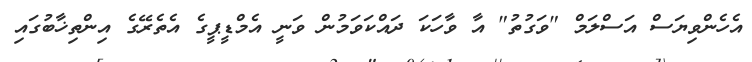
އެހެންވިޔަސް އަސްލަމް "ވަގުތު" އާ ވާހަކަ ދައްކަވަމުން ވަނީ އެމްޑީޕީގެ އެތެރޭގެ އިންތިޚާބުގައި